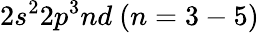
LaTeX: {{2s^{2}2p^{3}nd~(n=3-5)}}